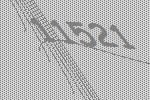
11521